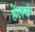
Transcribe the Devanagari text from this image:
हेलये